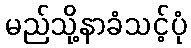
မည်သို့နာခံသင့်ပုံ